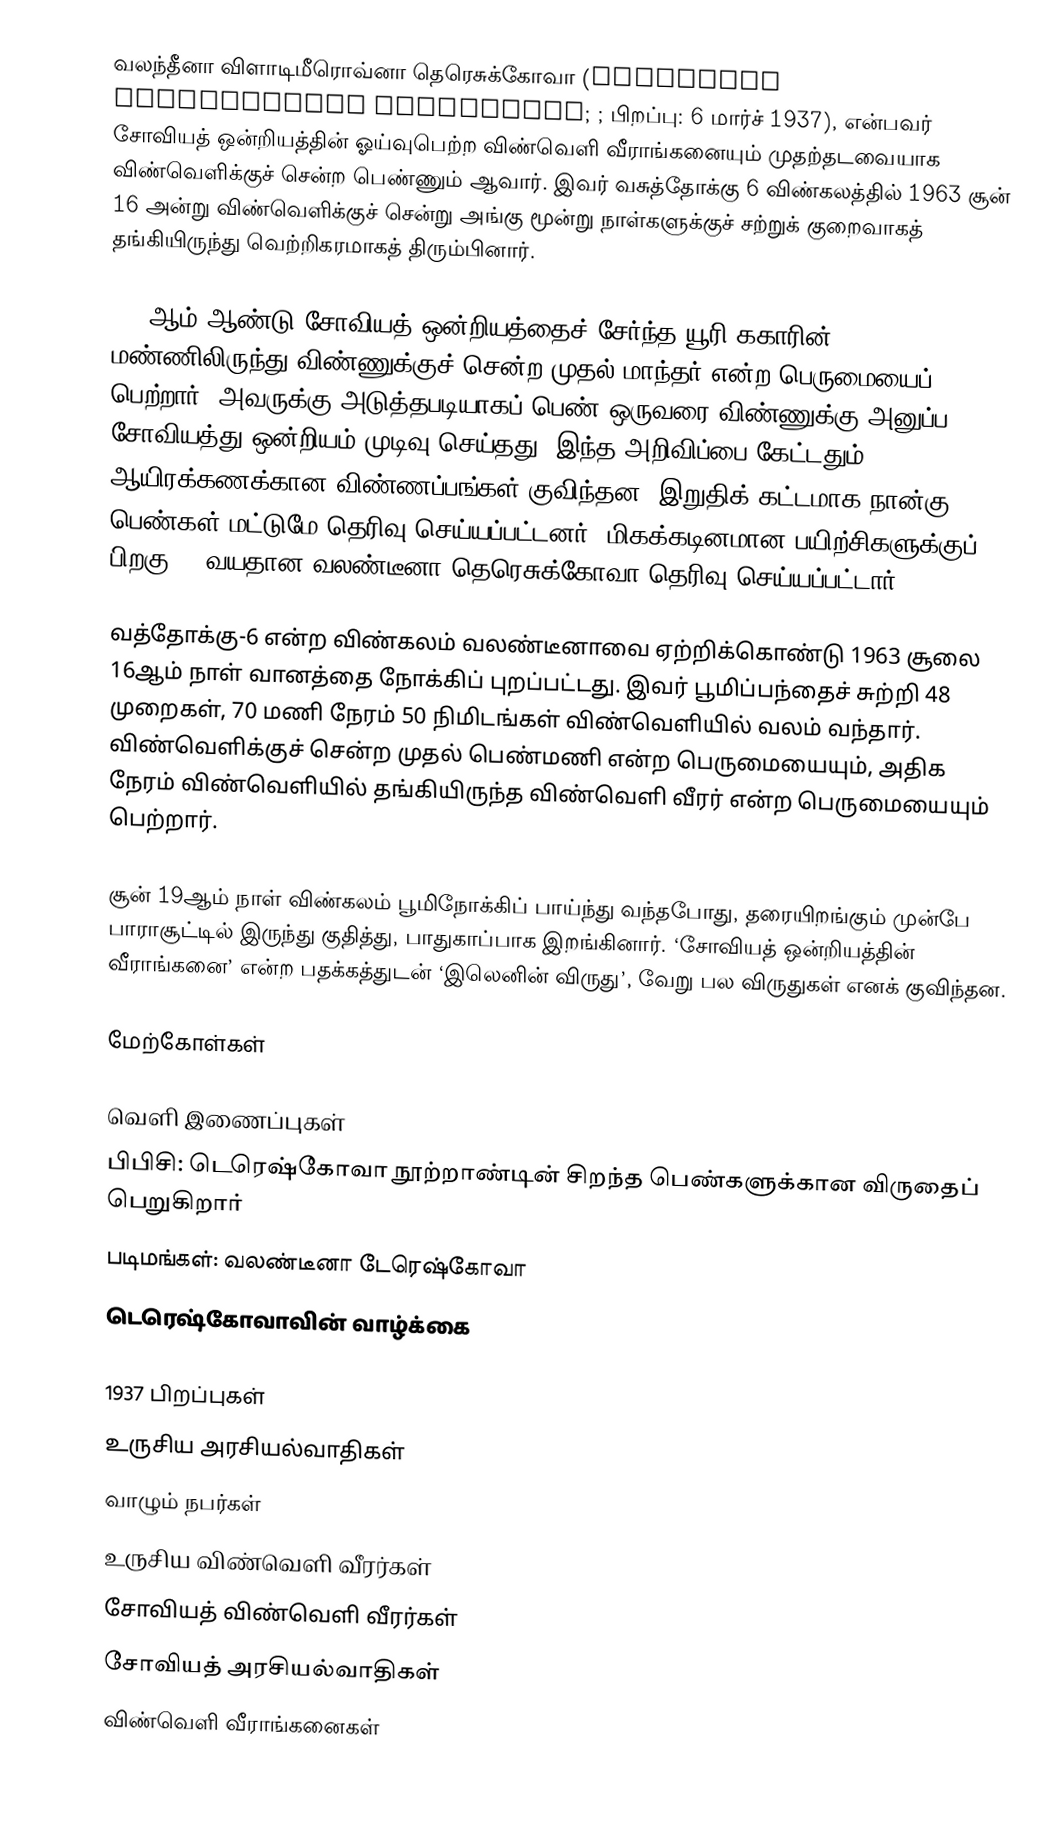
வலந்தீனா விளாடிமீரொவ்னா தெரெசுக்கோவா (Valentina Vladimirovna Tereshkova; ; பிறப்பு: 6 மார்ச் 1937), என்பவர் சோவியத் ஒன்றியத்தின் ஓய்வுபெற்ற விண்வெளி வீராங்கனையும் முதற்தடவையாக விண்வெளிக்குச் சென்ற பெண்ணும் ஆவார். இவர் வசுத்தோக்கு 6 விண்கலத்தில் 1963 சூன் 16 அன்று விண்வெளிக்குச் சென்று அங்கு மூன்று நாள்களுக்குச் சற்றுக் குறைவாகத் தங்கியிருந்து வெற்றிகரமாகத் திரும்பினார்.

1961ஆம் ஆண்டு சோவியத் ஒன்றியத்தைச் சேர்ந்த யூரி ககாரின் மண்ணிலிருந்து விண்ணுக்குச் சென்ற முதல் மாந்தர் என்ற பெருமையைப் பெற்றார். அவருக்கு அடுத்தபடியாகப் பெண் ஒருவரை விண்ணுக்கு அனுப்ப சோவியத்து ஒன்றியம் முடிவு செய்தது. இந்த அறிவிப்பை கேட்டதும் ஆயிரக்கணக்கான விண்ணப்பங்கள் குவிந்தன. இறுதிக் கட்டமாக நான்கு பெண்கள் மட்டுமே தெரிவு செய்யப்பட்டனர். மிகக்கடினமான பயிற்சிகளுக்குப் பிறகு 25 வயதான வலண்டீனா தெரெசுக்கோவா தெரிவு செய்யப்பட்டார்.

வத்தோக்கு-6 என்ற விண்கலம் வலண்டீனாவை ஏற்றிக்கொண்டு 1963 சூலை 16ஆம் நாள் வானத்தை நோக்கிப் புறப்பட்டது. இவர் பூமிப்பந்தைச் சுற்றி 48 முறைகள், 70 மணி நேரம் 50 நிமிடங்கள் விண்வெளியில் வலம் வந்தார். விண்வெளிக்குச் சென்ற முதல் பெண்மணி என்ற பெருமையையும், அதிக நேரம் விண்வெளியில் தங்கியிருந்த விண்வெளி வீரர் என்ற பெருமையையும் பெற்றார்.

சூன் 19ஆம் நாள் விண்கலம் பூமிநோக்கிப் பாய்ந்து வந்தபோது, தரையிறங்கும் முன்பே பாராசூட்டில் இருந்து குதித்து, பாதுகாப்பாக இறங்கினார். ‘சோவியத் ஒன்றியத்தின் வீராங்கனை’ என்ற பதக்கத்துடன் ‘இலெனின் விருது’, வேறு பல விருதுகள் எனக் குவிந்தன.

மேற்கோள்கள்

வெளி இணைப்புகள்
 பிபிசி: டெரெஷ்கோவா நூற்றாண்டின் சிறந்த பெண்களுக்கான விருதைப் பெறுகிறார்
 படிமங்கள்: வலண்டீனா டேரெஷ்கோவா
 டெரெஷ்கோவாவின் வாழ்க்கை

1937 பிறப்புகள்
உருசிய அரசியல்வாதிகள்
வாழும் நபர்கள்
உருசிய விண்வெளி வீரர்கள்
சோவியத் விண்வெளி வீரர்கள்
சோவியத் அரசியல்வாதிகள்
விண்வெளி வீராங்கனைகள்